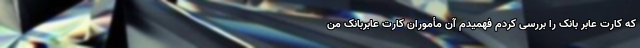
که کارت عابر بانک را بررسی کردم فهمیدم آن مأموران کارت عابربانک من